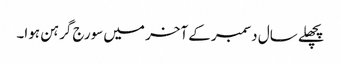
پچھلے سال دسمبر کے آخر میں سورج گرہن ہوا۔